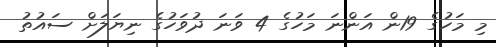
މި މަހުގެ 19ން އަންނަ މަހުގެ 4 ވަނަ ދުވަހުގެ ނިޔަލަށް ސައުތު